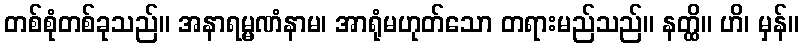
တစ်စုံတစ်ခုသည်။ အနာရမ္မဏံနာမ၊ အာရုံမဟုတ်သော တရားမည်သည်။ နတ္ထိ။ ဟိ၊ မှန်။